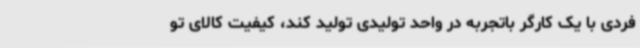
فردی با یک کارگر باتجربه در واحد تولیدی تولید کند، کیفیت کالای تو